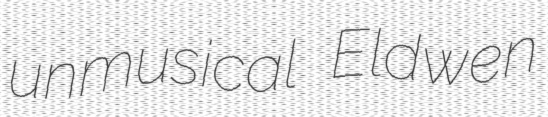
unmusical Eldwen